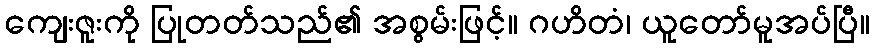
ကျေးဇူးကို ပြုတတ်သည်၏ အစွမ်းဖြင့်။ ဂဟိတံ၊ ယူတော်မူအပ်ပြီ။